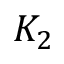
K _ { 2 }